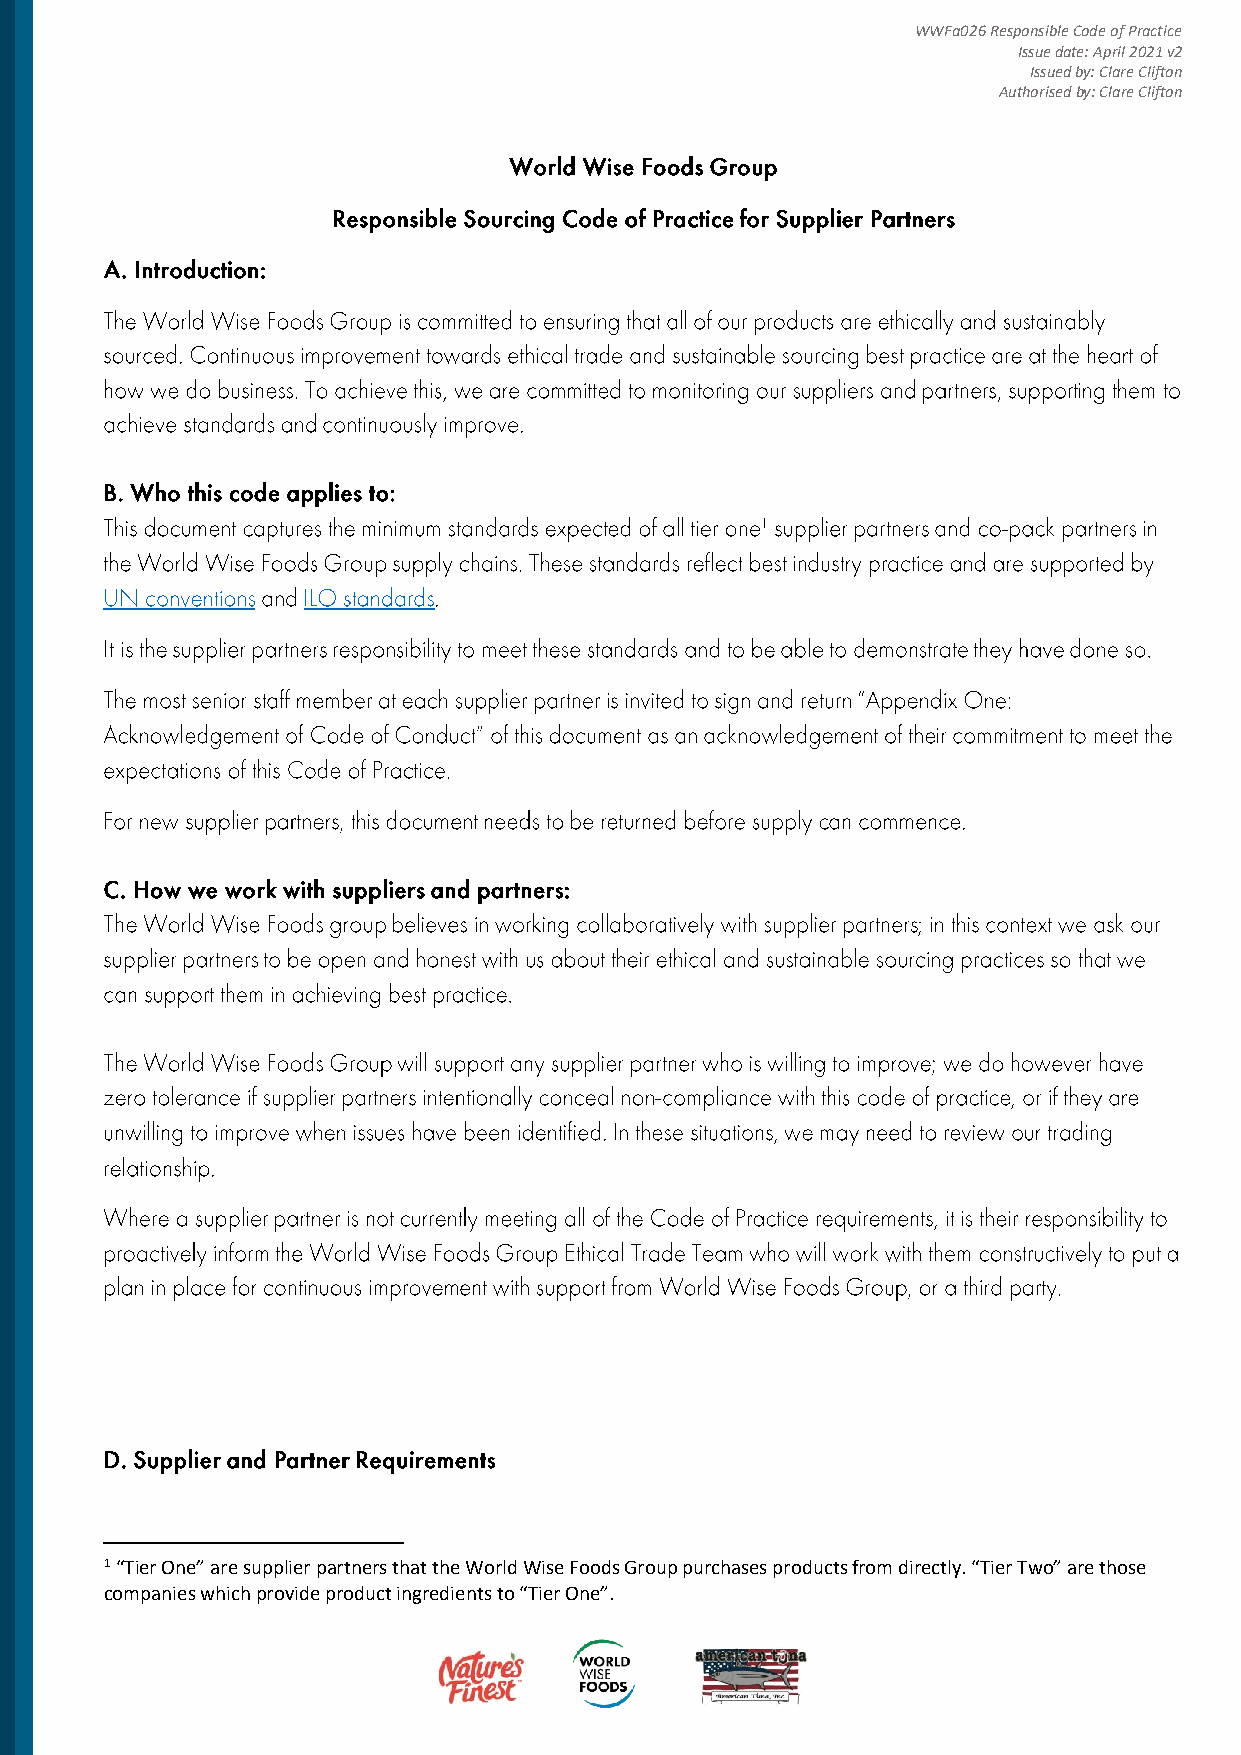
WWFa026 Responsible Code of Practice
 Issue date: April 2021 v2
 Issued by: Clare Clifton
 Authorised by: Clare Clifton
 1 “Tier One” are supplier partners that the World Wise Foods Group purchases products from directly. “Tier Two” are those
 companies which provide product ingredients to “Tier One”.